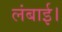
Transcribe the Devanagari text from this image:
लंबाई।